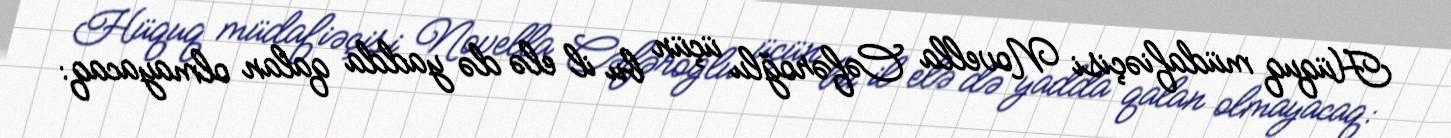
Hüquq müdafiəçisi Novella Cəfəroğlu üçün bu il elə də yadda qalan olmayacaq: